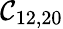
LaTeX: \mathcal{C}_{12,20}